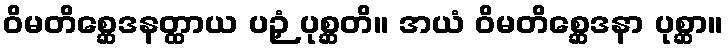
ဝိမတိစ္ဆေဒနတ္ထာယ ပဉှံ ပုစ္ဆတိ။ အယံ ဝိမတိစ္ဆေဒနာ ပုစ္ဆာ။